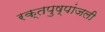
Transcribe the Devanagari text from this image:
रक्तपुष्पांजली